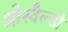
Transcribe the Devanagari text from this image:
ओस्वैल्डो